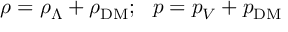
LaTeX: \rho = \rho _ { \Lambda } + \rho _ { \mathrm { D M } } ; ~ ~ p = p _ { V } + p _ { \mathrm { D M } }